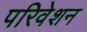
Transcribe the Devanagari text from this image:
परिवेशन